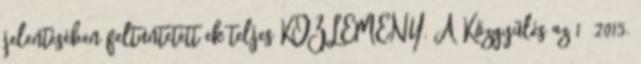
jelentésében feltüntetett ek teljes KÖZLEMÉNY. A Közgyűlés az 1 2015.